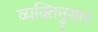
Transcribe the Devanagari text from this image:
व्यक्तिनुसार